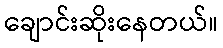
ချောင်းဆိုးနေတယ်။